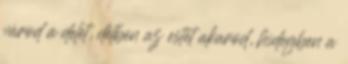
várod a delet, délben az estét akarod, hidegben a